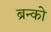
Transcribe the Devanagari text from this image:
ब्रन्को